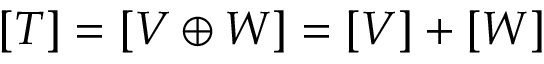
[ T ] = [ V \oplus W ] = [ V ] + [ W ]